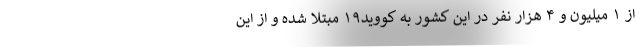
از ۱ میلیون و ۴ هزار نفر در این کشور به کووید۱۹ مبتلا شده و از این